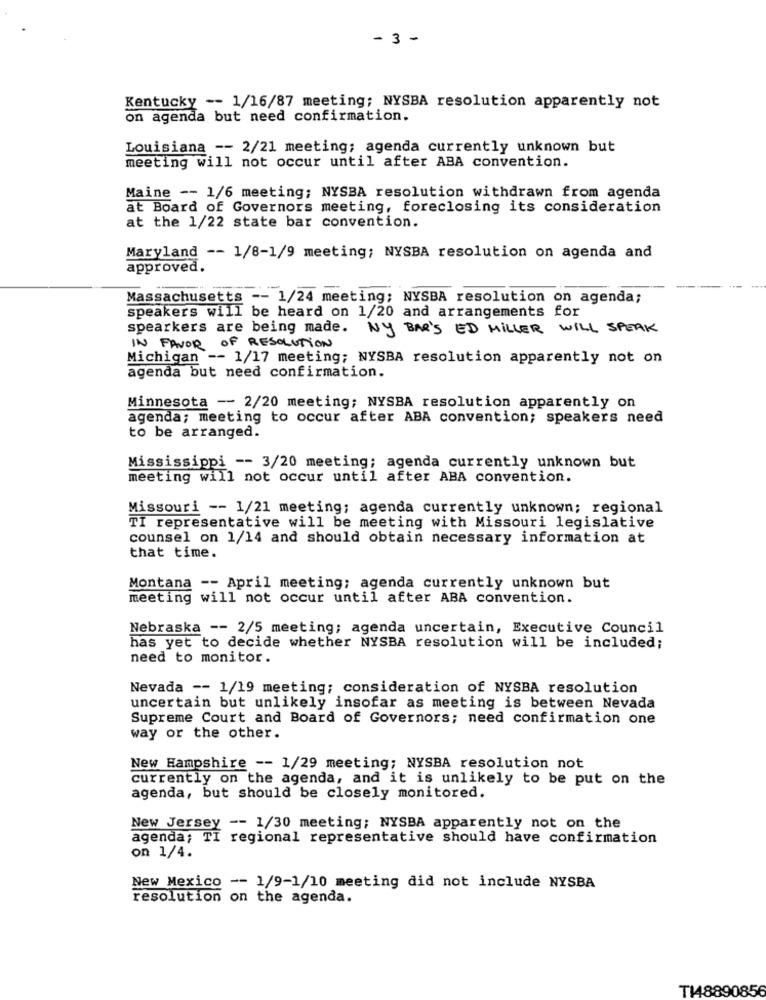
-3 -
Kentucky -- 1/16/87 meeting; NYSBA resolution apparently not
on agenda but need confirmation.
Louisiana -- 2/21 meeting; agenda currently unknown but
meeting will not occur until after ABA convention.
Maine -- 1/6 meeting; NYSBA resolution withdrawn from agenda
at Board of Governors meeting, foreclosing its consideration
at the 1/22 state bar convention.
Maryland -- 1/8-1/9 meeting; NYSBA resolution on agenda and
approved.
Massachusetts -- 1/24 meeting; NYSBA resolution on agenda;
speakers will be heard on 1/20 and arrangements for
spearkers are being made. Ny BAR'S ED MILLER WILL SPEAK
IN FAVOR OF RESOLUTION
Michigan -- 1/17 meeting; NYSBA resolution apparently not on
agenda but need confirmation.
Minnesota -- 2/20 meeting; NYSBA resolution apparently on
agenda; meeting to occur after ABA convention; speakers need
to be arranged.
Mississippi -- 3/20 meeting; agenda currently unknown but
meeting will not occur until after ABA convention.
Missouri -- 1/21 meeting; agenda currently unknown; regional
TI representative will be meeting with Missouri legislative
counsel on 1/14 and should obtain necessary information at
that time.
Montana -- April meeting; agenda currently unknown but
meeting will not occur until after ABA convention.
Nebraska -- 2/5 meeting; agenda uncertain, Executive Council
has yet to decide whether NYSBA resolution will be included;
need to monitor.
Nevada -- 1/19 meeting; consideration of NYSBA resolution
uncertain but unlikely insofar as meeting is between Nevada
Supreme Court and Board of Governors; need confirmation one
way or the other.
New Hampshire -- 1/29 meeting; NYSBA resolution not
currently on the agenda, and it is unlikely to be put on the
agenda, but should be closely monitored.
New Jersey -- 1/30 meeting; NYSBA apparently not on the
agenda; TI regional representative should have confirmation
on 1/4.
New Mexico -- 1/9-1/10 meeting did not include NYSBA
resolution on the agenda.
T148890856